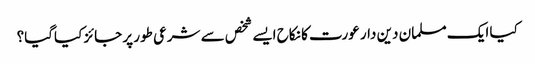
کیا ایک مسلمان دین دار عورت کا نکاح ایسے شخص سے شرعی طور پر جائز کیاگیا؟